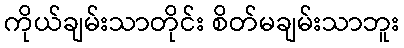
ကိုယ်ချမ်းသာတိုင်း စိတ်မချမ်းသာဘူး